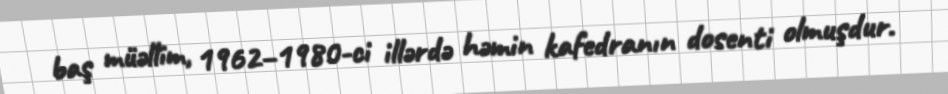
baş müəllim, 1962–1980-ci illərdə həmin kafedranın dosenti olmuşdur.